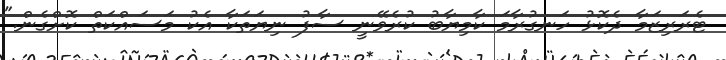
ޓެރަރިޒަމާ ދެކޮޅު ހަނގުރާމަ ކާމިޔާބު ކުރެވޭނީ ސާފު ނިޔަތަކާ އެކު މަސައްކަތް ކޮށްގެން."